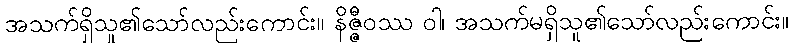
အသက်ရှိသူ၏သော်လည်းကောင်း။ နိဇ္ဇီဝဿ ဝါ၊ အသက်မရှိသူ၏သော်လည်းကောင်း။